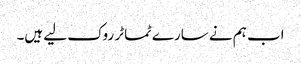
اب ہم نے سارے ٹماٹر روک لیے ہیں۔